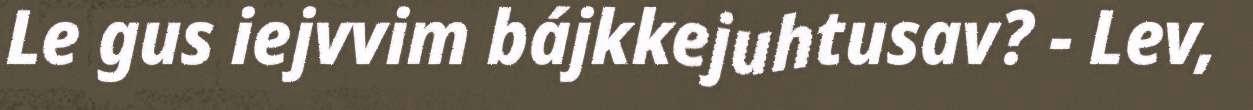
Le gus iejvvim bájkkejuhtusav? - Lev,